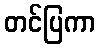
တင်ပြကာ